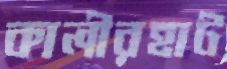
কালীরহাট